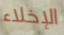
الإخلاء